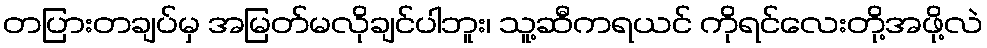
တပြားတချပ်မှ အမြတ်မလိုချင်ပါဘူး၊ သူ့ဆီကရယင် ကိုရင်လေးတို့အဖို့လဲ